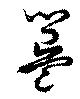
簋